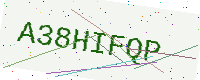
Text: A38HIFQP